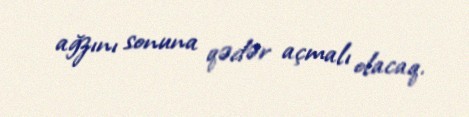
ağzını sonuna qədər açmalı olacaq.